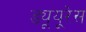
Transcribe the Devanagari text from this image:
ड्यूयूरेस